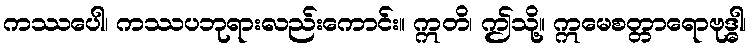
ကဿပေါ၊ ကဿပဘုရားလည်းကောင်း။ ဣတိ၊ ဤသို့။ ဣမေစတ္တာရောဗုဒ္ဓါ၊